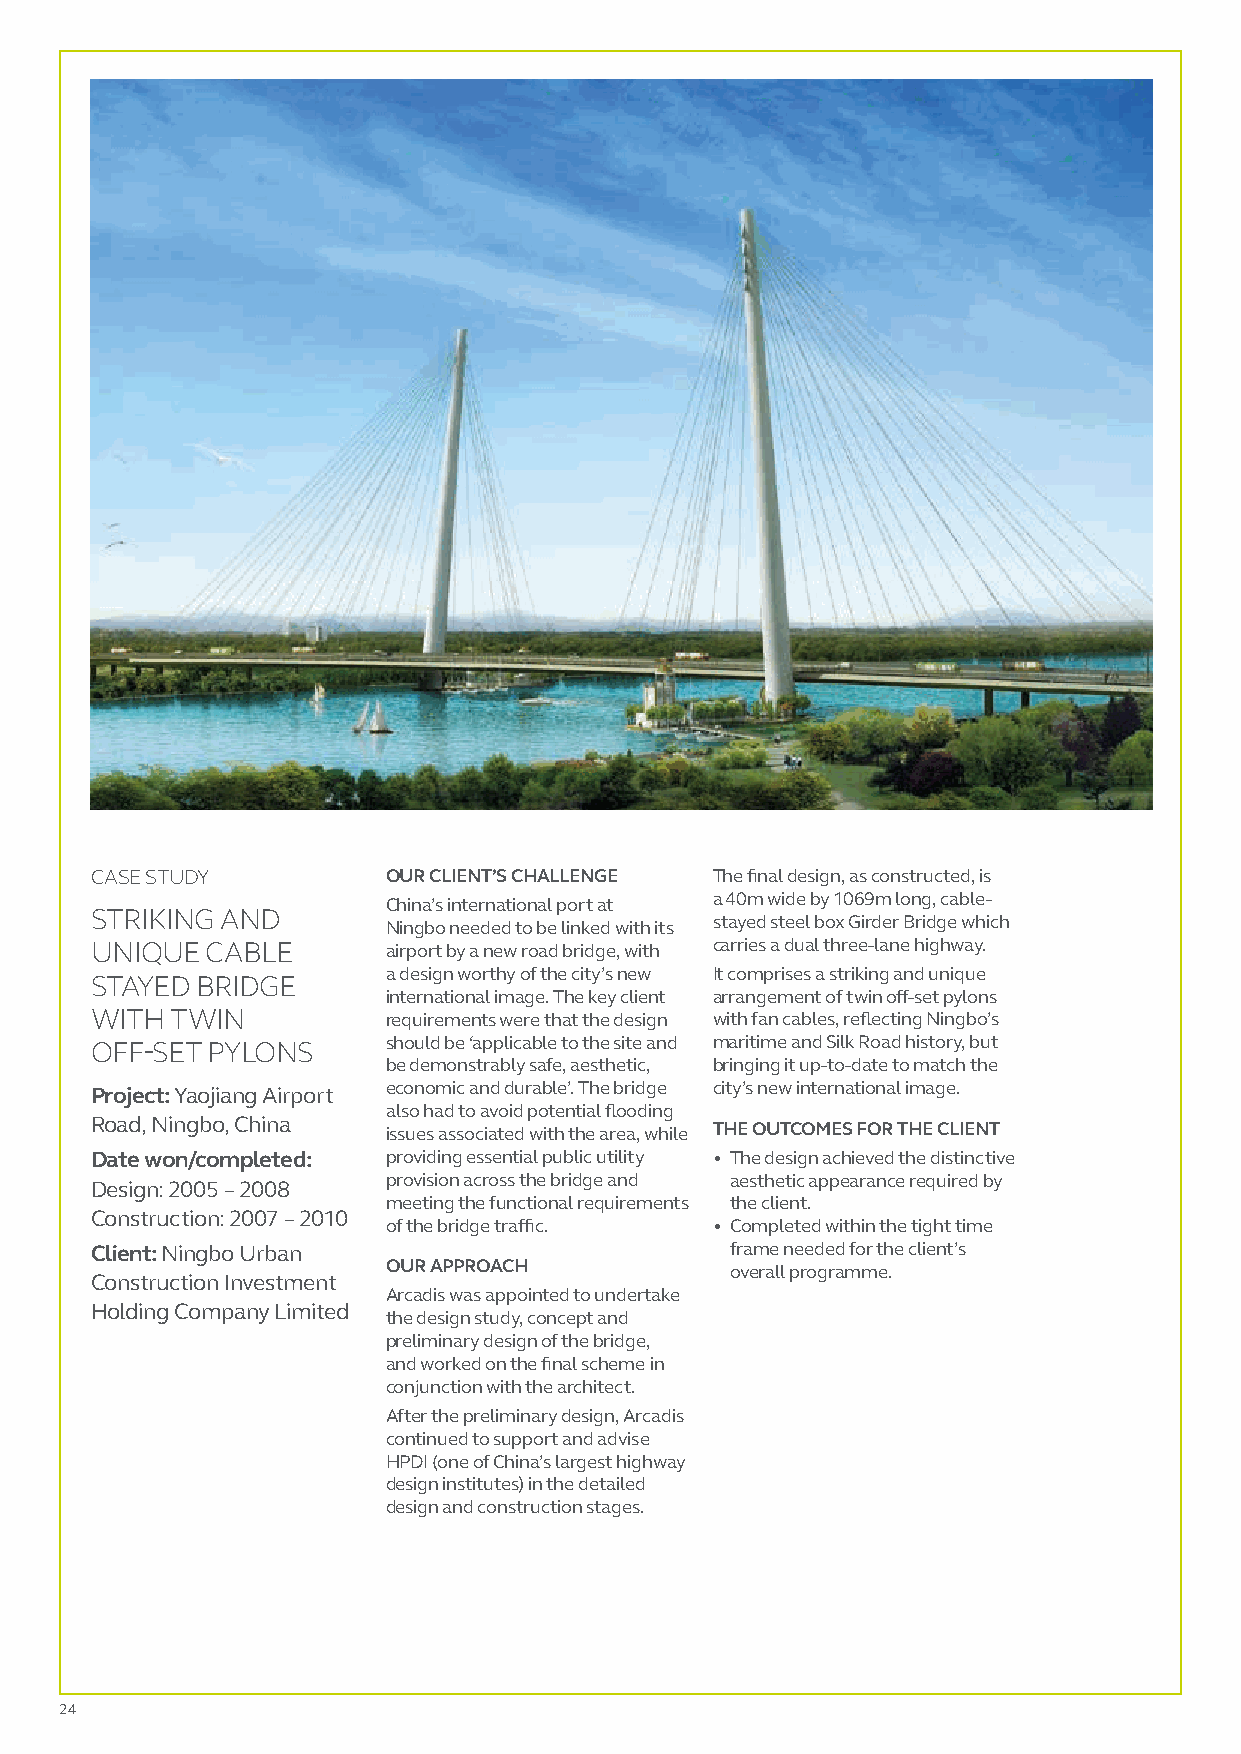
CASE STUDY          OUR CLIENT’S CHALLENGE The final design, as constructed, is
 China’s international port at a 40m wide by 1069m long, cable-
 STRIKING AND
 Ningbo needed to be linked with its stayed steel box Girder Bridge which
 UNIQUE  CABLE       airport by a new road bridge, with carries a dual three-lane highway.
 a design worthy of the city’s new It comprises a striking and unique
 STAYED BRIDGE
 international image. The key client arrangement of twin off-set pylons
 WITH TWIN           requirements were that the design with fan cables, reflecting Ningbo’s
 OFF-SET PYLONS      should be ‘applicable to the site and maritime and Silk Road history, but
 be demonstrably safe, aesthetic, bringing it up-to-date to match the
 Project: Yaojiang Airport economic and durable’. The bridge city’s new international image.
 also had to avoid potential flooding
 Road, Ningbo, China issues associated with the area, while THE OUTCOMES FOR THE CLIENT
 Date won/completed: providing essential public utility • The design achieved the distinctive
 provision across the bridge and aesthetic appearance required by
 Design: 2005 – 2008
 meeting the functional requirements the client.
 Construction: 2007 – 2010
 of the bridge traffic. • C ompleted within the tight time
 Client: Ningbo Urban                      frame needed for the client’s
 OUR APPROACH          overall programme.
 Construction Investment
 Arcadis was appointed to undertake
 Holding Company Limited
 the design study, concept and
 preliminary design of the bridge,
 and worked on the final scheme in
 conjunction with the architect.
 After the preliminary design, Arcadis
 continued to support and advise
 HPDI (one of China’s largest highway
 design institutes) in the detailed
 design and construction stages.
 24